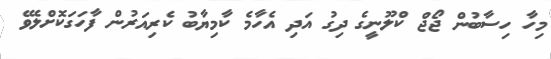
މިހާ ހިސާބުން ޖޯޖް ކްލޫނީގެ ދިގު އަދި އެހާމެ ކާމިޔާބު ކެރިއަރުން ފާހަގަކޮށްލެވޭ